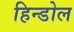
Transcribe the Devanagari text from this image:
हिन्डोल